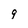
Character: 9